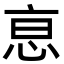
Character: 恴